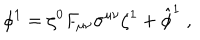
\phi ^ { 1 } = \zeta ^ { 0 } F _ { \mu \nu } \sigma ^ { \mu \nu } \zeta ^ { 1 } + \hat { \phi } ^ { 1 } \; ,